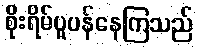
စိုးရိမ်ပူပန်နေကြသည်